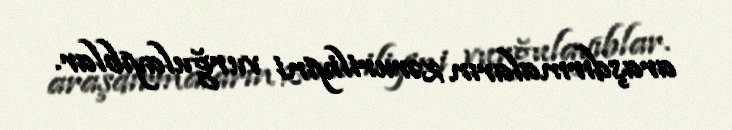
araşdırmaların zəruriliyini vurğulayıblar.